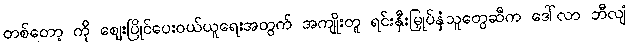
တစ်တော့ ကို ဈေးပြိုင်ပေးဝယ်ယူရေးအတွက် အကျိုးတူ ရင်းနှီးမြှုပ်နှံသူတွေဆီက ဒေါ်လာ ဘီလျံ